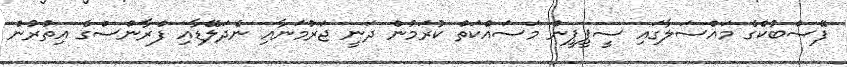
ފޭސްބުކްގެ މައްސަލާގައި ސީޕީޕީން މަސައްކަތް ކުރަމުން ދަނީ ޖަރުމަނާއި ނެދަލޭޑާއި ފްރާންސްގެ އިތުރުން